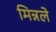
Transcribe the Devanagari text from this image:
मिन्नले